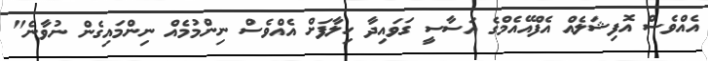
އެއްވެސް އޮފިޝަލެއް އެފްއޭއެމްގެ އަސާސީ ގަވައިދާ ހިލާފަށް އެއްވެސް ނިންމުމެއް ނިންމައިގެން ނުވާނެ"